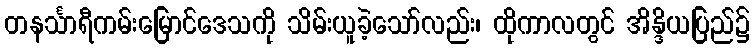
တနင်္သာရီကမ်းမြောင်ဒေသကို သိမ်းယူခဲ့သော်လည်း၊ ထိုကာလတွင် အိန္ဒိယပြည်၌